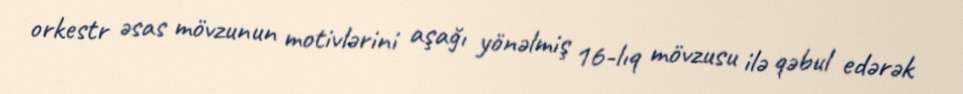
orkestr əsas mövzunun motivlərini aşağı yönəlmiş 16-lıq mövzusu ilə qəbul edərək